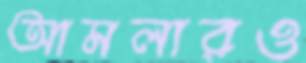
আমলারও